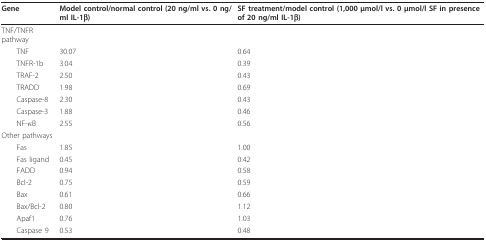
<table><thead><tr><td><b>Gene</b></td><td><b>Model control/normal control (20 ng/ml vs. 0 ng/ml IL-1β)</b></td><td><b>SF treatment/model control (1,000 μmol/l vs. 0 μmol/l SF in presence of 20 ng/ml IL-1β)</b></td></tr></thead><tbody><tr><td>TNF/TNFR pathway</td><td></td><td></td></tr><tr><td> TNF</td><td>30.07</td><td>0.64</td></tr><tr><td> TNFR-1b</td><td>3.04</td><td>0.39</td></tr><tr><td> TRAF-2</td><td>2.50</td><td>0.43</td></tr><tr><td> TRADD</td><td>1.98</td><td>0.69</td></tr><tr><td> Caspase-8</td><td>2.30</td><td>0.43</td></tr><tr><td> Caspase-3</td><td>1.88</td><td>0.46</td></tr><tr><td> NF-κB</td><td>2.55</td><td>0.56</td></tr><tr><td>Other pathways</td><td></td><td></td></tr><tr><td> Fas</td><td>1.85</td><td>1.00</td></tr><tr><td> Fas ligand</td><td>0.45</td><td>0.42</td></tr><tr><td> FADD</td><td>0.94</td><td>0.58</td></tr><tr><td> Bcl-2</td><td>0.75</td><td>0.59</td></tr><tr><td> Bax</td><td>0.61</td><td>0.66</td></tr><tr><td> Bax/Bcl-2</td><td>0.80</td><td>1.12</td></tr><tr><td> Apaf1</td><td>0.76</td><td>1.03</td></tr><tr><td> Caspase 9</td><td>0.53</td><td>0.48</td></tr></tbody></table>